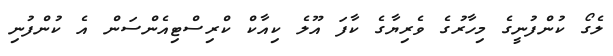
ލެގޯ ކުންފުނީގެ މިހާރުގެ ވެރިޔާގެ ކާފަ އޫލެ ކިއާކް ކްރިސްޓިއެންސަން އެ ކުންފުނި